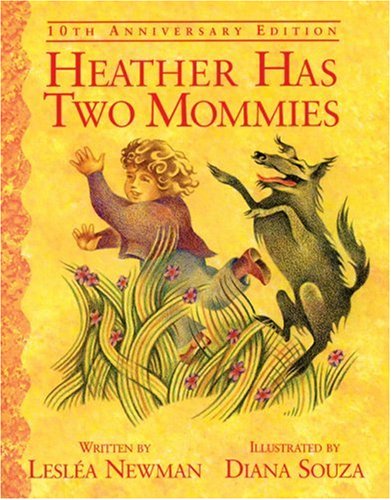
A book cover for Heather Has Two Mommies: 10th Anniversary Edition (Alyson Wonderland); Leslea Newman; Gay & Lesbian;